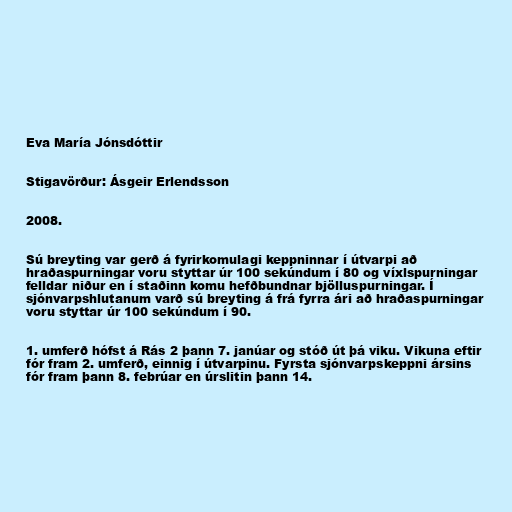
Eva María Jónsdóttir

Stigavörður: Ásgeir Erlendsson

2008.

Sú breyting var gerð á fyrirkomulagi keppninnar í útvarpi að
hraðaspurningar voru styttar úr 100 sekúndum í 80 og víxlspurningar
felldar niður en í staðinn komu hefðbundnar bjölluspurningar. Í
sjónvarpshlutanum varð sú breyting á frá fyrra ári að hraðaspurningar
voru styttar úr 100 sekúndum í 90.

1. umferð hófst á Rás 2 þann 7. janúar og stóð út þá viku. Vikuna eftir
fór fram 2. umferð, einnig í útvarpinu. Fyrsta sjónvarpskeppni ársins
fór fram þann 8. febrúar en úrslitin þann 14.